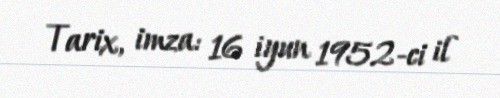
Tarix, imza: 16 iyun 1952-ci il